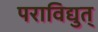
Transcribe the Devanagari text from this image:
पराविद्युत्